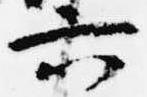
六